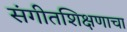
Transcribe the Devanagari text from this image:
संगीतशिक्षणाचा